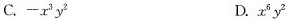
C.-x^{3}y^{2} D.x^{6}y^{2}